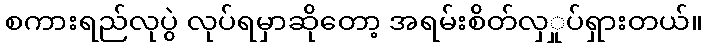
စကားရည်လုပွဲ လုပ်ရမှာဆိုတော့ အရမ်းစိတ်လှှုပ်ရှားတယ်။